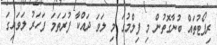
ރިޕޯޓުތައް ބުނާގޮތުން މި ފިލްމުގަ މި ލަވަ ދައްކާ ފުރަތަމަ ފަހަރު ލަވައިގަ